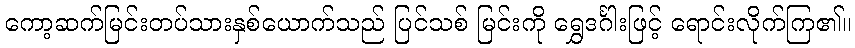
ကော့ဆက်မြင်းတပ်သားနှစ်ယောက်သည် ပြင်သစ် မြင်းကို ရွှေဒင်္ဂါးဖြင့် ရောင်းလိုက်ကြ၏။